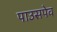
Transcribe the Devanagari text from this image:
पाउसपेव